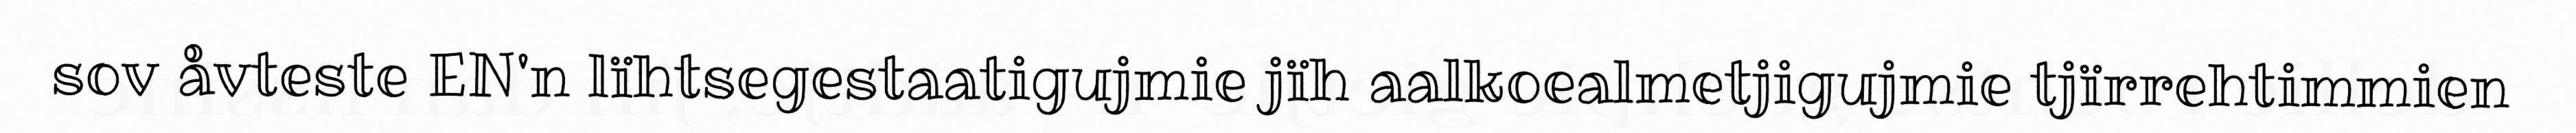
sov åvteste EN'n lïhtsegestaatigujmie jïh aalkoealmetjigujmie tjïrrehtimmien